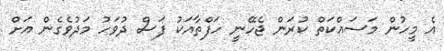
އެ މީހުން މަސައްކަތް ކުރަން ޖެހޭނީ ހަފްތާއަކު ފަސް ދުވަހު މަދުވެގެން އަށް